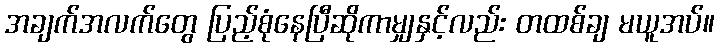
အချက်အလက်တွေ ပြည့်စုံနေပြီဆိုကာမျှနှင့်လည်း တထစ်ချ မယူအပ်။